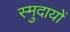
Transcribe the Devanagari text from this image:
स्मुदायों